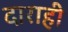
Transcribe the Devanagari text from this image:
दाराही